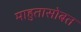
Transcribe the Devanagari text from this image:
माहुतासोबत